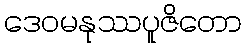
ဒေဝမနုဿပူဇိတော